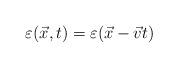
LaTeX: \begin{align*}\varepsilon(\vec{x},t)=\varepsilon(\vec{x}-\vec{v} t)\end{align*}